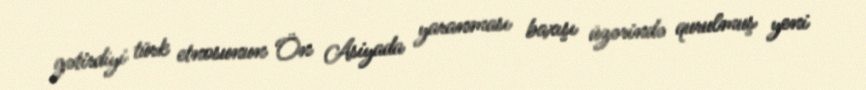
gətirdiyi türk etnosunun Ön Asiyada yaranması baxışı üzərində qurulmuş yeni